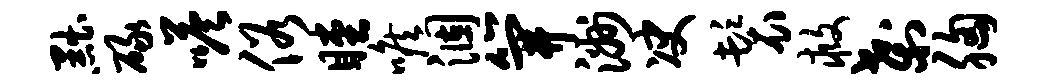
黜碌嗒俗瞠喉涸笄洲决鬟救刹胸